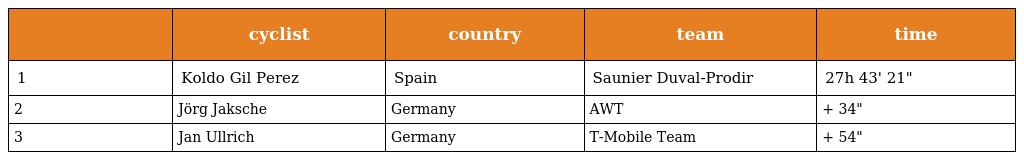
|  | cyclist | country | team | time |
 | --- | --- | --- | --- | --- |
 | 1 | Koldo Gil Perez | Spain | Saunier Duval-Prodir | 27h 43' 21" |
 | 2 | Jörg Jaksche | Germany | AWT | + 34" |
 | 3 | Jan Ullrich | Germany | T-Mobile Team | + 54" |